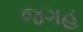
જગહ